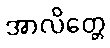
အာလိတ္တေ